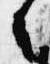
者